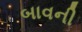
બાવની